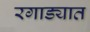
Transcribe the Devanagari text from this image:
रगाड्यात